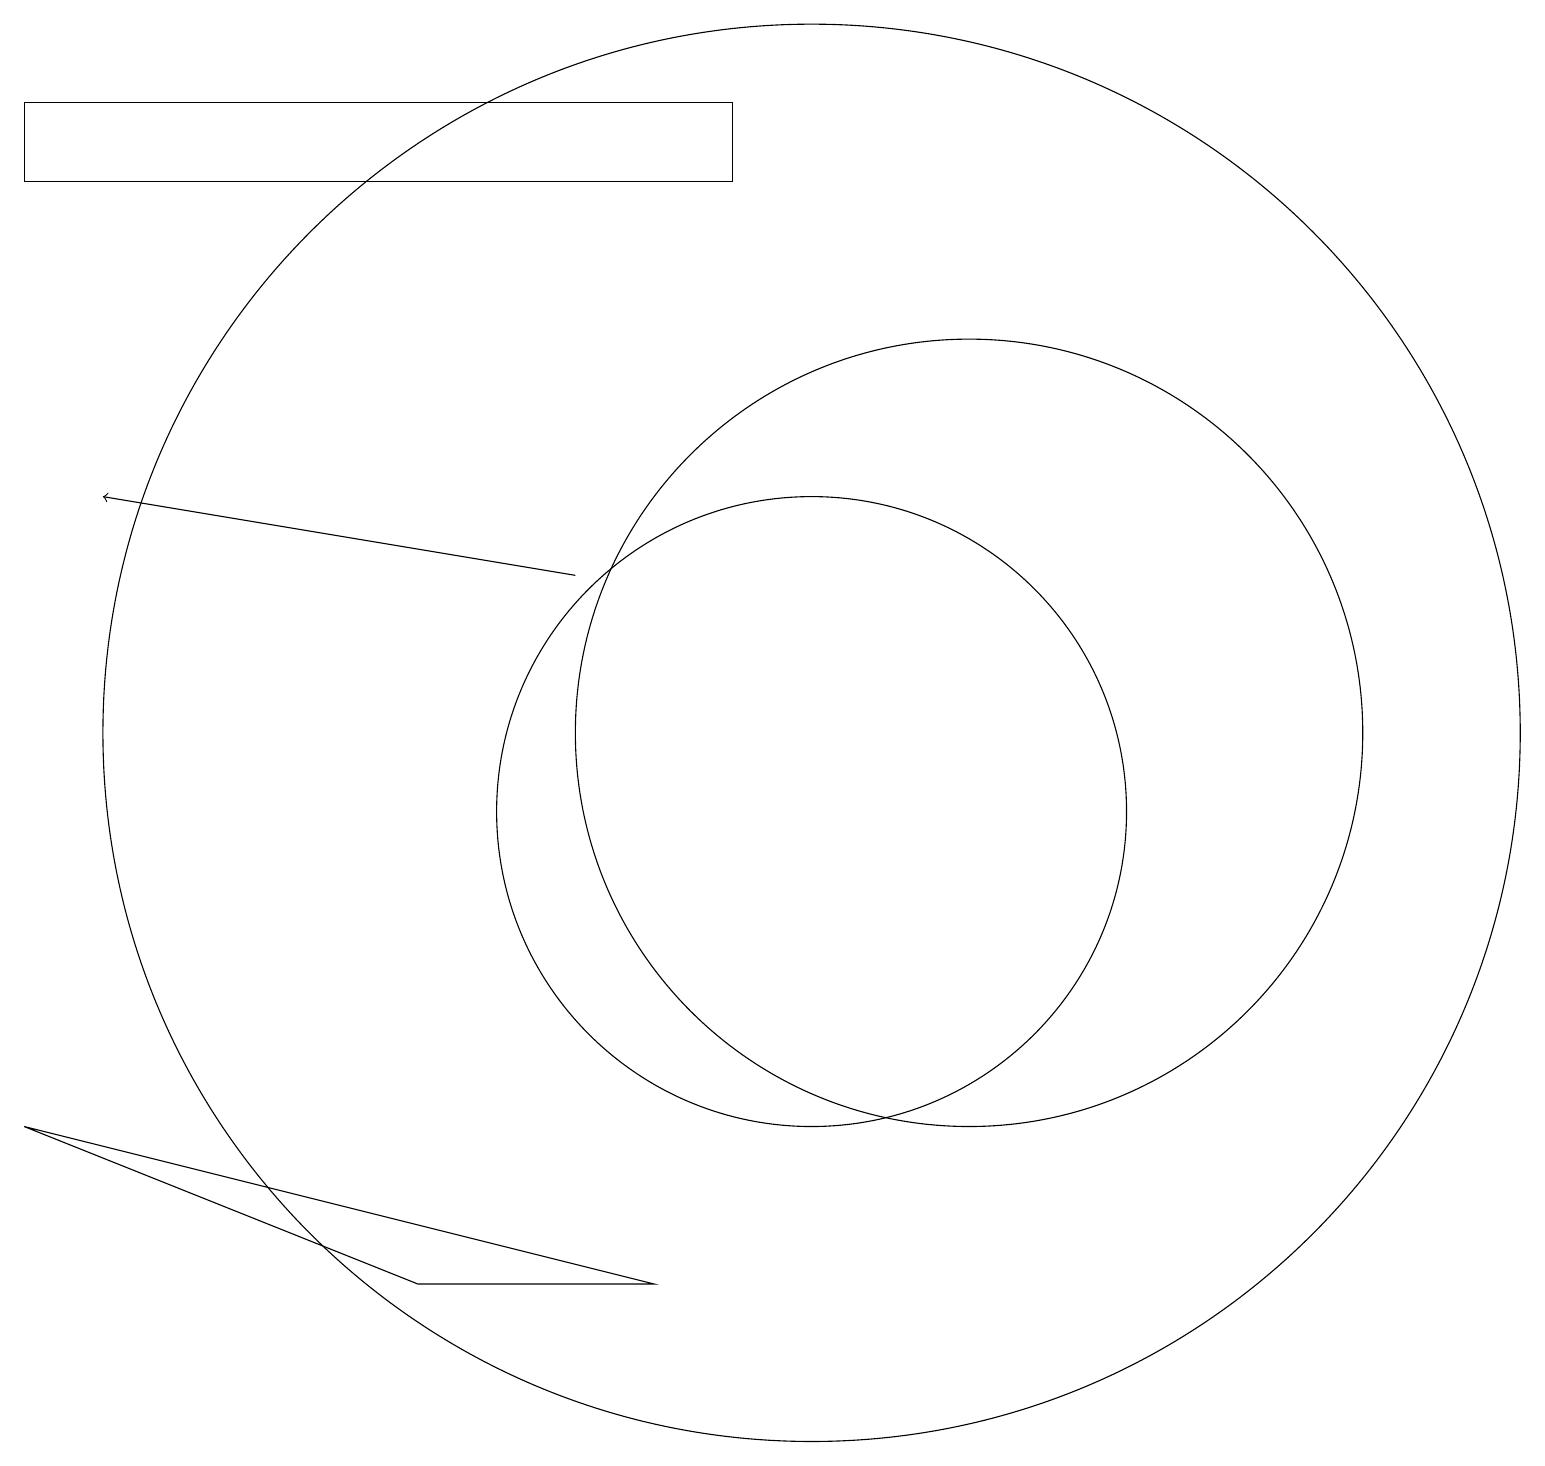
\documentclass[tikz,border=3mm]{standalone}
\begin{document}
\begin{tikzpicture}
\draw (10,10) circle (4);
\draw[->] (7,13) -- (1,14);
\draw (0,18) rectangle (9,19);
\draw (0,6) -- (5,4) -- (8,4) -- cycle;
\draw (10,11) circle (9);
\draw (12,11) circle (5);
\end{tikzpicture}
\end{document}